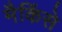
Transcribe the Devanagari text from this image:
मैकिंसे